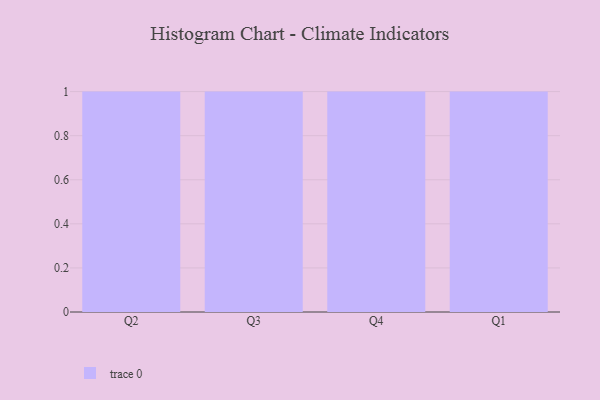
{"axis": {"x": "Quarter", "y": "Conversion Rate (%)"}, "legend": [""], "data": [{"x": "Q2", "y": 22, "type": ""}, {"x": "Q3", "y": 92, "type": ""}, {"x": "Q4", "y": 9, "type": ""}, {"x": "Q1", "y": 67, "type": ""}]}